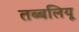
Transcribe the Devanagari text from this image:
तब्बलियू